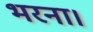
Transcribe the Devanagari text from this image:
भरना।